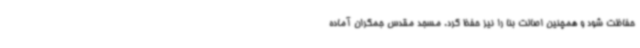
حفاظت شود و همچنین اصالت بنا را نیز حفظ کرد. مسجد مقدس جمکران آماده